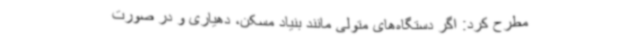
مطرح کرد: اگر دستگاه‌های متولی مانند بنیاد مسکن، دهیاری و در صورت